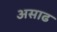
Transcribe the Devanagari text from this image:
असाढ